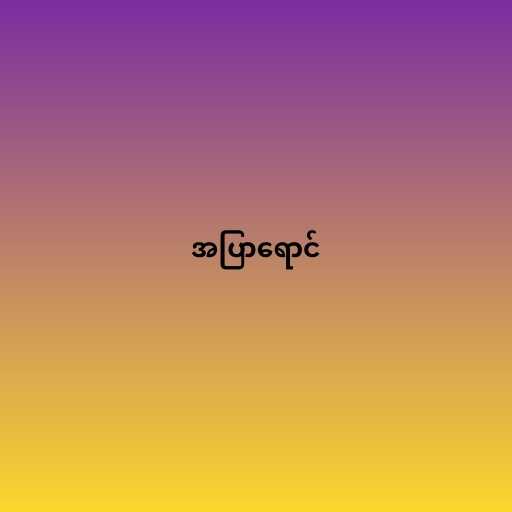
အပြာရောင်